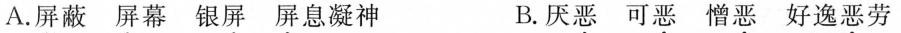
A.屏蔽屏幕银屏屏息凝神 B.厌恶可恶憎恶好逸恶劳